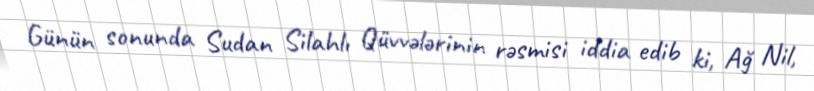
Günün sonunda Sudan Silahlı Qüvvələrinin rəsmisi iddia edib ki, Ağ Nil,